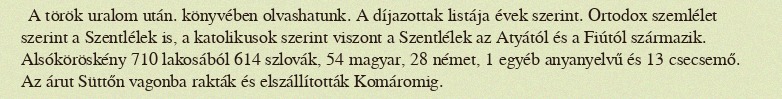
A török uralom után. könyvében olvashatunk. A díjazottak listája évek szerint. Ortodox szemlélet szerint a Szentlélek is, a katolikusok szerint viszont a Szentlélek az Atyától és a Fiútól származik. Alsóköröskény 710 lakosából 614 szlovák, 54 magyar, 28 német, 1 egyéb anyanyelvű és 13 csecsemő. Az árut Süttőn vagonba rakták és elszállították Komáromig.